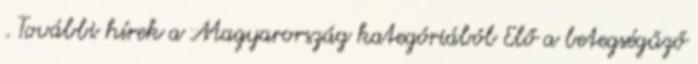
. További hírek a Magyarország kategóriából Elő a betegségűző